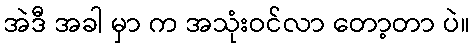
အဲဒီ အခါ မှာ က အသုံးဝင်လာ တော့တာ ပဲ။